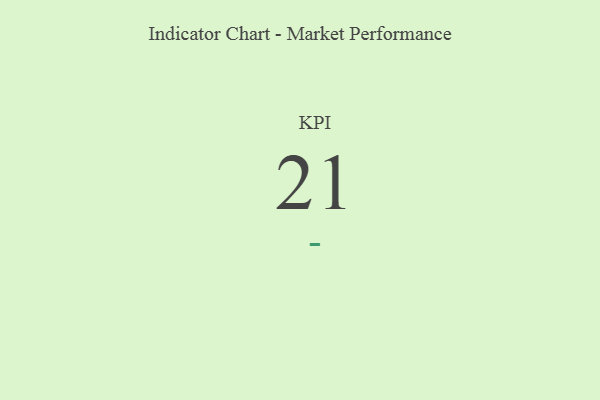
{"axis": {"x": "KPI", "y": "Value"}, "legend": [""], "data": [{"x": "KPI", "y": 21, "type": ""}]}